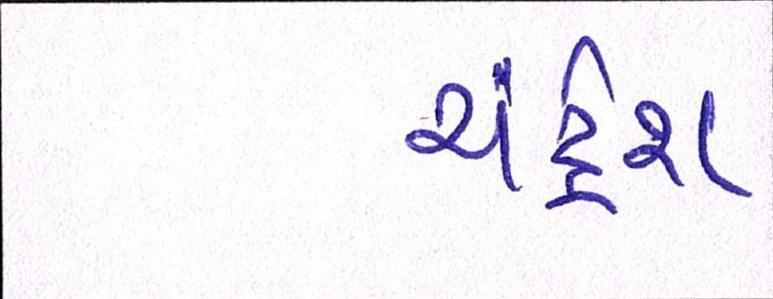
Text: ચંદ્રેશ